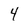
Character: 4